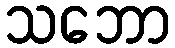
သဘော